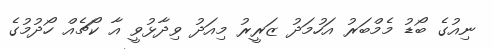
ނިއުގެ ބޯޑު މެމްބަރު އަހުމަދު ޒަރީރު މިއަދު ވިދާޅުވީ އާ ކޯޗެއް ހޯދުމުގެ